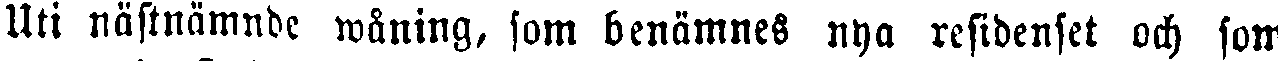
Uti nästnämnde wåning, som benämnes nya residenset och som